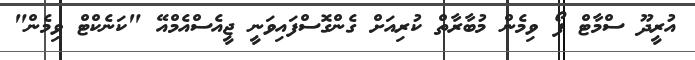
އުރީދޫ ސްމާޓް ފޯ ވިމެން މުބާރާތް ކުރިއަށް ގެންގޮސްފައިވަނީ ޖީއެސްއެމްއޭ "ކަނެކްޓް ވިމެން"